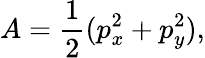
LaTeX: A=\frac 12(p_{x}^{2}+p_{y}^{2}),